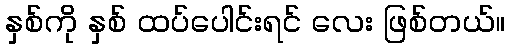
နှစ်ကို နှစ် ထပ်ပေါင်းရင် လေး ဖြစ်တယ်။